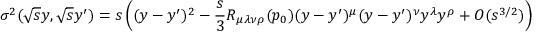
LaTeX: \sigma ^ { 2 } ( \sqrt { s } y , \sqrt { s } y ^ { \prime } ) = s \left( ( y - y ^ { \prime } ) ^ { 2 } - \frac s 3 R _ { \mu \lambda \nu \rho } ( p _ { 0 } ) ( y - y ^ { \prime } ) ^ { \mu } ( y - y ^ { \prime } ) ^ { \nu } y ^ { \lambda } y ^ { \rho } + O ( s ^ { 3 / 2 } ) \right) ~ ~ ~ ,